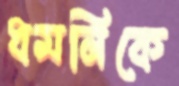
ধমনিকে